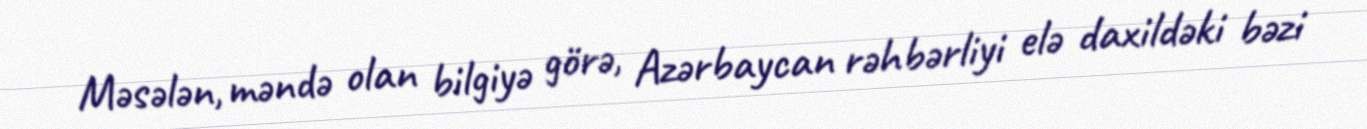
Məsələn, məndə olan bilgiyə görə, Azərbaycan rəhbərliyi elə daxildəki bəzi